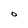
Character: O